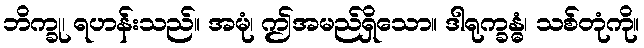
ဘိက္ခု၊ ရဟန်းသည်။ အမုံ၊ ဤအမည်ရှိသော။ ဒါရုက္ခန္ဓံ၊ သစ်တုံကို။